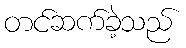
တင်ဆက်ခဲ့သည်